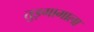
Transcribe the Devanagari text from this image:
तुइगामाला